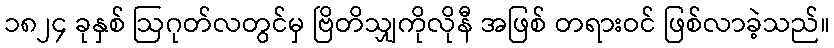
၁၈၂၄ ခုနှစ် ဩဂုတ်လတွင်မှ ဗြိတိသျှကိုလိုနီ အဖြစ် တရားဝင် ဖြစ်လာခဲ့သည်။